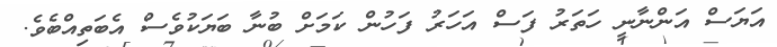
އަޔަސް އަންނާނީ ހަތަރު ފަސް އަހަރު ފަހުން ކަމަށް ބުނާ ބަޔަކުވެސް އެބަތިއްބެވެ.